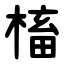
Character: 槒